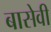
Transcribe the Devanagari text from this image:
बासेवी